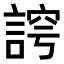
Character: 𮘛